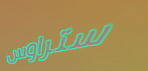
ستراوس